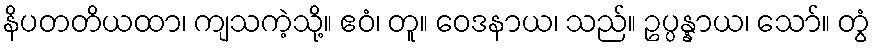
နိပတတိယထာ၊ ကျသကဲ့သို့။ ဧဝံ၊ တူ။ ဝေဒနာယ၊ သည်။ ဥပ္ပန္နာယ၊ သော်။ တွံ